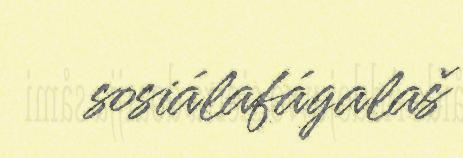
sosiálafágalaš